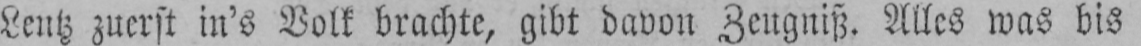
Lentz zuerst in’s Volk brachte, gibt davon Zeugniß. Alles was bis